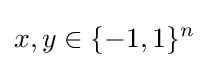
x,y\in \{-1,1\}^{n}